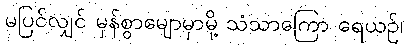
မပြင်လျှင် မှန်စွာမျောမှာမို့ သံသာကြော ရေယဉ်၊